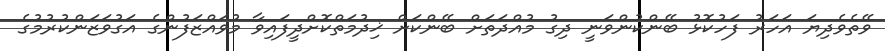
ވޭތެވެދިޔަ އަހަރު ފަހުކޮޅު ބޭންކުންވަނީ ދިގު މުއްދަތަށް ބޭންކަށް ޚިދުމަތްކޮށްދީފައިވާ މުވައްޒަފުންގެ އަގުވަޒަންކުރުމުގެ